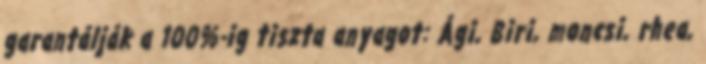
garantálják a 100%-ig tiszta anyagot: Ági, Biri, moncsi, rhea,